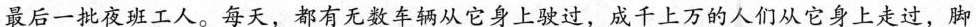
最后一批夜班工人。每天，都有无数车辆从它身上驶过，成千上万的人们从它身上走过，脚